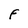
Character: F